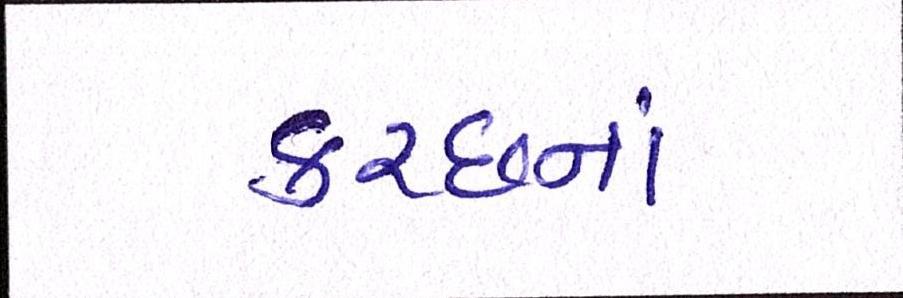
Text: કચ્છનાં